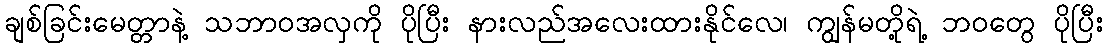
ချစ်ခြင်းမေတ္တာနဲ့ သဘာဝအလှကို ပိုပြီး နားလည်အလေးထားနိုင်လေ၊ ကျွန်မတို့ရဲ့ ဘဝတွေ ပိုပြီး